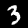
Digit: 3